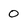
Character: 0